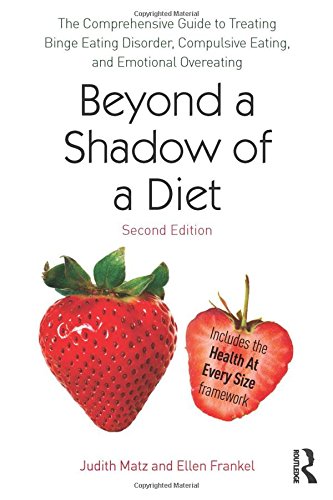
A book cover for Beyond a Shadow of a Diet: The Comprehensive Guide to Treating Binge Eating Disorder, Compulsive Eating, and Emotional Overeating; Judith Matz; Self-Help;